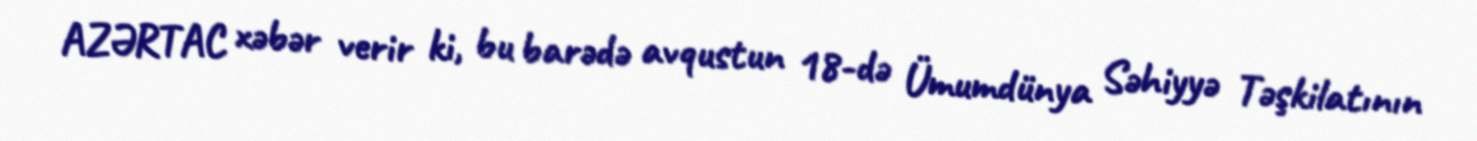
AZƏRTAC xəbər verir ki, bu barədə avqustun 18-də Ümumdünya Səhiyyə Təşkilatının